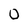
Character: 0